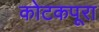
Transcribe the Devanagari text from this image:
कोटकपूरा